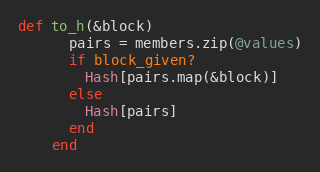
Language: Ruby
def to_h(&block)
      pairs = members.zip(@values)
      if block_given?
        Hash[pairs.map(&block)]
      else
        Hash[pairs]
      end
    end